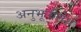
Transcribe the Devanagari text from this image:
अनुभूतीलेश